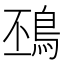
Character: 䲹